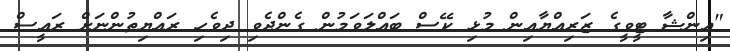
"އިންޝާ ޓީވީގެ ޒަރިއްޔާއިން މުޅި ކޭސް ބައްލަވަމުން ގެންދެވި ދިވެހި ރައްޔިތުންނަށް ރައީސް